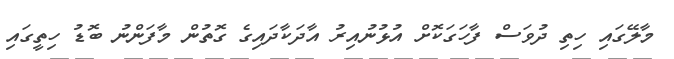
މާލޭގައި ހިތި ދުވަސް ފާހަގަކޮށް އުޅުނުއިރު އާދަކާދައިގެ ގޮތުން މާފަންނު ބޮޑު ހިތީގައި